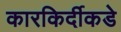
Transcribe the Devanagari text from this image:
कारकिर्दीकडे